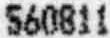
560811